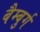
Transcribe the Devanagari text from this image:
बैम्बुर्ग